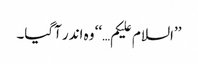
’’السلام علیکم…‘‘ وہ اندر آگیا۔